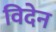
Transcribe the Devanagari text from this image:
विदेन